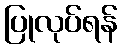
ပြုလုပ်ရန်